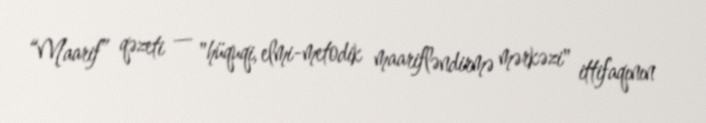
“Maarif” qəzeti — "hüquqi, elmi-metodik maarifləndirmə mərkəzi" ittifaqının